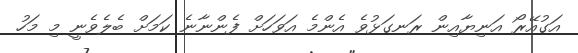
އަގުއޭރޯ އަނިޔާއިން ރަނގަޅުވެ އެންމެ އަވަހަށް ފެންނާނެ ކަމަށް ބެލެވެނީ މި މަހު